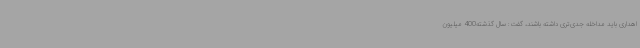
اهداری باید مداخله جدی‌تری داشته باشند، گفت: سال گذشته400 میلیون